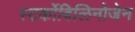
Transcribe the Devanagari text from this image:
स्‍टर्कोबिलिनोजेन